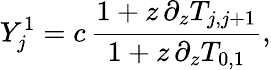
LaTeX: Y_{j}^{1}=c\, \frac{1+z\, \partial_{z}T_{j,j+1}}{1+z\, \partial_{z}T_{0,1}},